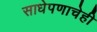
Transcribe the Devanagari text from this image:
साधेपणाचेही